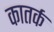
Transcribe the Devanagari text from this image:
कातर्क